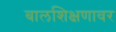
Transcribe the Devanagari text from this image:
बालशिक्षणावर